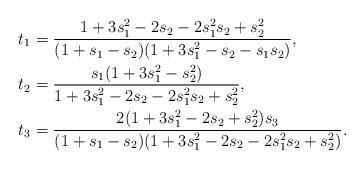
LaTeX: \begin{align*}t_1&=\frac{1+3s_1^2-2s_2-2s_1^2s_2+s_2^2}{(1+s_1-s_2)(1+3s_1^2-s_2-s_1s_2)},\\t_2&=\frac{s_1(1+3s_1^2-s_2^2)}{1+3s_1^2-2s_2-2s_1^2s_2+s_2^2},\\t_3&=\frac{2(1+3s_1^2-2s_2+s_2^2)s_3}{(1+s_1-s_2)(1+3s_1^2-2s_2-2s_1^2s_2+s_2^2)}.\end{align*}